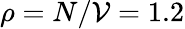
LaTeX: \rho=N/\mathcal{V}=1.2